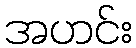
အဟင်း